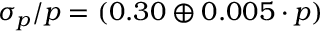
\sigma _ { p } / p = ( 0 . 3 0 \oplus 0 . 0 0 5 \cdot p ) \